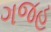
ગજહ